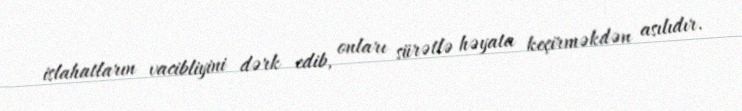
islahatların vacibliyini dərk edib, onları sürətlə həyata keçirməkdən asılıdır.